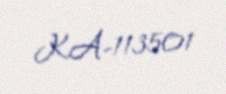
KA-113501